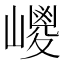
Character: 𡽀